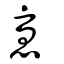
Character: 憂